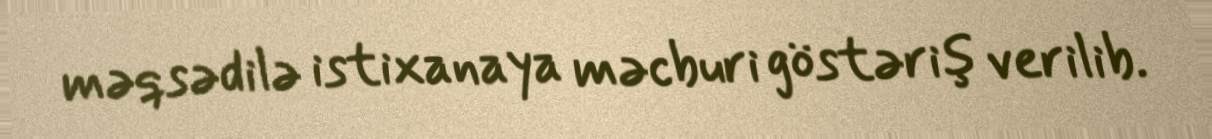
məqsədilə istixanaya məcburi göstəriş verilib.